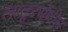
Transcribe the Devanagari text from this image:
लातूरयेथील